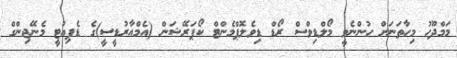
މަމްދޫހު މިހާތަނަށް ހުންނެވީ މޯލްޑިވްސް ރޯޑް ޑިވެލޮޕްމެންޓް ކޯޕަރޭޝަން (އެމްއާރުޑީސީ)ގެ ޑެޕިއުޓީ މެނޭޖިންގް